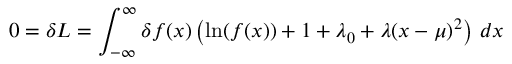
0 = \delta L = \int _ { - \infty } ^ { \infty } \delta f ( x ) \left( \ln ( f ( x ) ) + 1 + \lambda _ { 0 } + \lambda ( x - \mu ) ^ { 2 } \right) \, d x